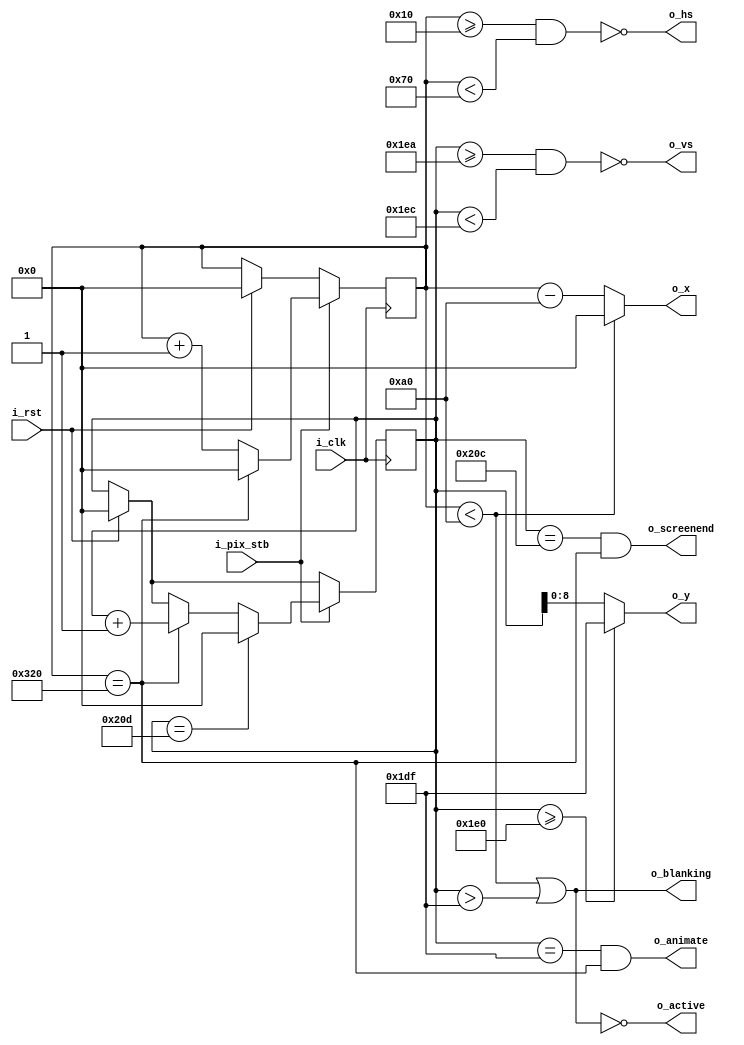

//Title: vga640x480.v
//Type: Verilog .v
//Source: github.com/WillGreen/timetoexplore
//Website:https://timetoexplore.net/blog/arty-fpga-vga-verilog-01

module vga640x480(
    input wire i_clk,           // base clock
    input wire i_pix_stb,       // pixel clock strobe
    input wire i_rst,           // reset: restarts frame
    output wire o_hs,           // horizontal sync
    output wire o_vs,           // vertical sync
    output wire o_blanking,     // high during blanking interval
    output wire o_active,       // high during active pixel drawing
    output wire o_screenend,    // high for one tick at the end of screen
    output wire o_animate,      // high for one tick at end of active drawing
    output wire [9:0] o_x,      // current pixel x position
    output wire [8:0] o_y       // current pixel y position
    );

    // VGA timings https://timetoexplore.net/blog/video-timings-vga-720p-1080p
    localparam HS_STA = 16;              // horizontal sync start
    localparam HS_END = 16 + 96;         // horizontal sync end
    localparam HA_STA = 16 + 96 + 48;    // horizontal active pixel start
    localparam VS_STA = 480 + 10;        // vertical sync start
    localparam VS_END = 480 + 10 + 2;    // vertical sync end
    localparam VA_END = 480;             // vertical active pixel end
    localparam LINE   = 800;             // complete line (pixels)
    localparam SCREEN = 525;             // complete screen (lines)

    reg [9:0] h_count;  // line position
    reg [9:0] v_count;  // screen position

    // generate sync signals (active low for 640x480)
    assign o_hs = ~((h_count >= HS_STA) & (h_count < HS_END));
    assign o_vs = ~((v_count >= VS_STA) & (v_count < VS_END));

    // keep x and y bound within the active pixels
    assign o_x = (h_count < HA_STA) ? 0 : (h_count - HA_STA);
    assign o_y = (v_count >= VA_END) ? (VA_END - 1) : (v_count);

    // blanking: high within the blanking period
    assign o_blanking = ((h_count < HA_STA) | (v_count > VA_END - 1));

    // active: high during active pixel drawing
    assign o_active = ~((h_count < HA_STA) | (v_count > VA_END - 1)); 

    // screenend: high for one tick at the end of the screen
    assign o_screenend = ((v_count == SCREEN - 1) & (h_count == LINE));

    // animate: high for one tick at the end of the final active pixel line
    assign o_animate = ((v_count == VA_END - 1) & (h_count == LINE));

    always @ (posedge i_clk)
    begin
        if (i_rst)  // reset to start of frame
        begin
            h_count <= 0;
            v_count <= 0;
        end
        if (i_pix_stb)  // once per pixel
        begin
            if (h_count == LINE)  // end of line
            begin
                h_count <= 0;
                v_count <= v_count + 1;
            end
            else 
                h_count <= h_count + 1;

            if (v_count == SCREEN)  // end of screen
                v_count <= 0;
        end
    end
endmodule